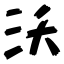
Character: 沃